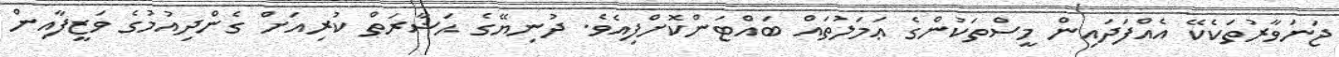
ޖަނަވާރުތަކެކޭ އެއްފަދައިން މީސްތަކުންގެ ޢަމަލުތައް ބައްޓަންކޮށްފިއެވެ. ދުނިޔޭގެ ޙަޟާރަތް ކުރިއަށް ގެންދިއުމުގެ ވަޒީފާއިން